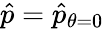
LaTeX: \hat{p}=\hat{p}_{\theta=0}